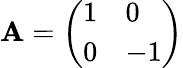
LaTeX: \mathbf{A}={\left(\begin{array}{ll}{1}&{0}\\ {0}&{-1}\end{array}\right)}